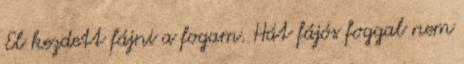
El kezdett fájni a fogam. Hát fájós foggal nem